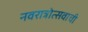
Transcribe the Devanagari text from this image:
नवरात्रोत्सवाची